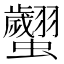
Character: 𧕼